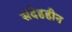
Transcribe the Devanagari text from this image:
संदेहहीन